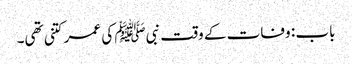
باب : وفات کے وقت نبیﷺ کی عمر کتنی تھی۔